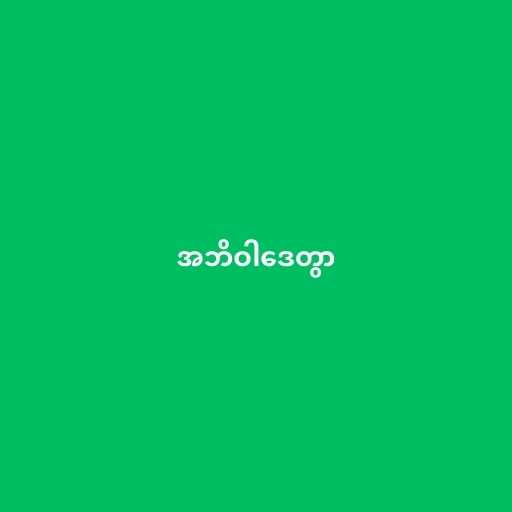
အဘိဝါဒေတွာ